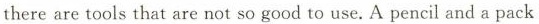
there are tools that are not so good to use. A pencil and a pack